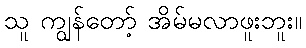
သူ ကျွန်တော့် အိမ်မလာဖူးဘူး။